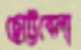
ছোট্টবেলা